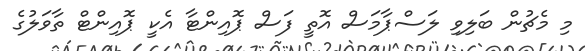
މި މެޗުން ބަލިވި ލަސްޕާމަސް އޮތީ ފަސް ޕޮއިންޓާ އެކީ ޕޮއިންޓް ތާވަލުގެ